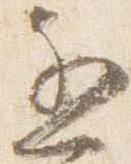
遅